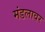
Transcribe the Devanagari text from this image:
मंडलावर